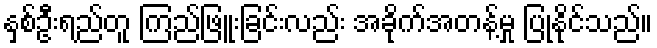
နှစ်ဦးရည်တူ ကြည်ဖြူးခြင်းလည်း အခိုက်အတန့်မှု ပြုနိုင်သည်။